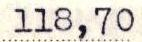
118,70